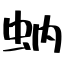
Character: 蚋